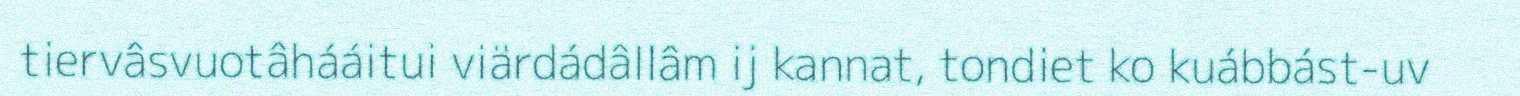
tiervâsvuotâhááitui viärdádâllâm ij kannat, tondiet ko kuábbást-uv